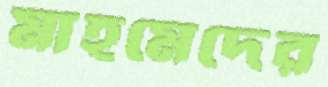
মাহমেদের